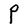
Character: P